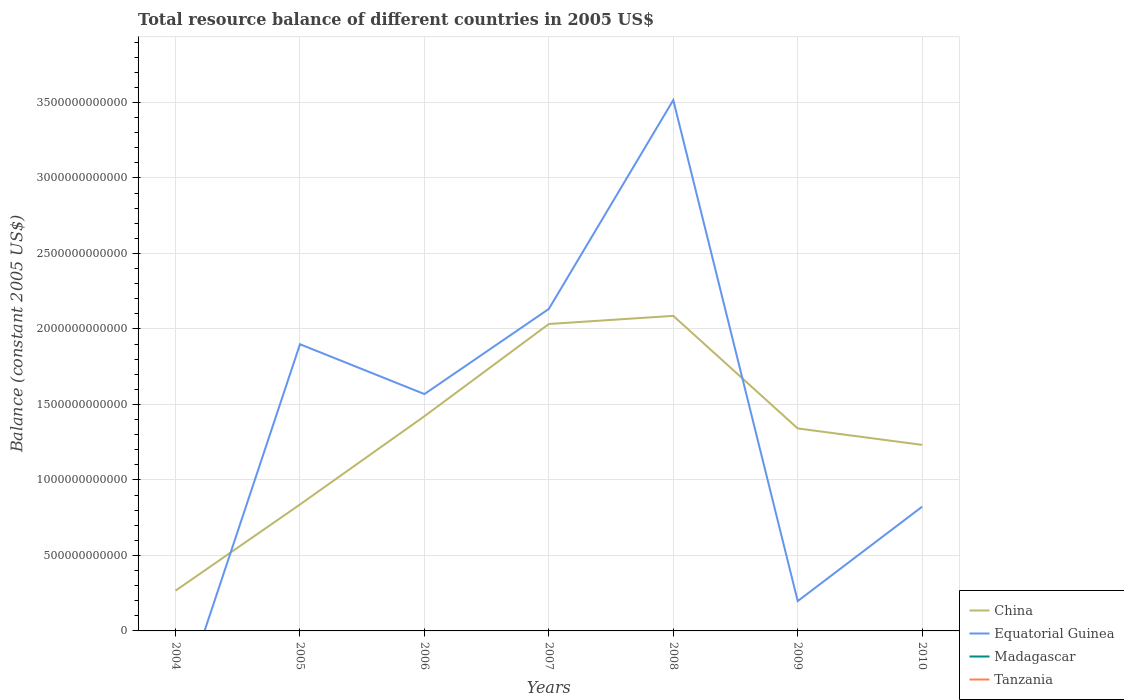
| Years | China | Equatorial Guinea | Madagascar | Tanzania |
 | --- | --- | --- | --- | --- |
 | 2004 | 2.67e+11 | -5.77e+11 | -1.21e+12 | -8.96e+11 |
 | 2005 | 8.37e+11 | 1.9e+12 | -1.75e+12 | -1e+12 |
 | 2006 | 1.42e+12 | 1.57e+12 | -1.9e+12 | -1.84e+12 |
 | 2007 | 2.03e+12 | 2.13e+12 | -2.99e+12 | -3.42e+12 |
 | 2008 | 2.09e+12 | 3.52e+12 | -4.88e+12 | -3.98e+12 |
 | 2009 | 1.34e+12 | 1.98e+11 | -4.89e+12 | -3.36e+12 |
 | 2010 | 1.23e+12 | 8.23e+11 | -3.3e+12 | -4.55e+12 |